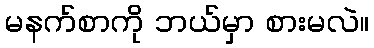
မနက်စာကို ဘယ်မှာ စားမလဲ။